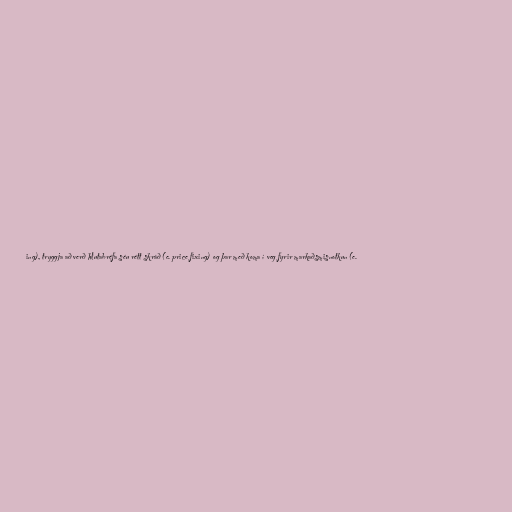
ing), tryggja að verð hlutabréfa séu rétt skráð (e. price fixing) og þar með koma í veg fyrir markaðsmisnotkun (e.